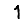
Digit: 1